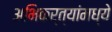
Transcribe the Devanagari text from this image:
अभिकर्त्यांमध्ये